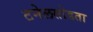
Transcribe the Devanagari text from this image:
टनेलसोडता